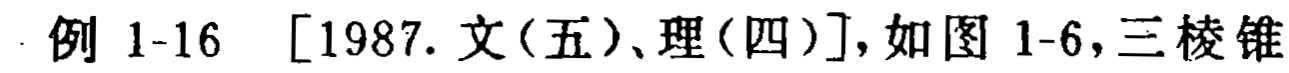
\(V_{P - ABC}=V_{B - APC}\)